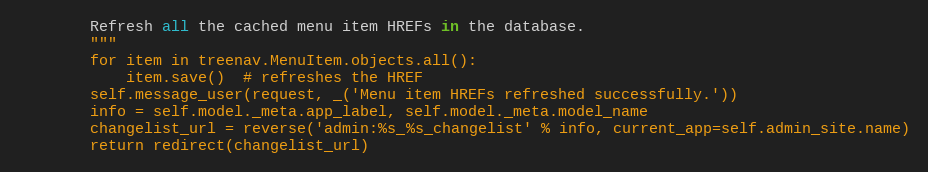
Language: Python
        Refresh all the cached menu item HREFs in the database.
        """
        for item in treenav.MenuItem.objects.all():
            item.save()  # refreshes the HREF
        self.message_user(request, _('Menu item HREFs refreshed successfully.'))
        info = self.model._meta.app_label, self.model._meta.model_name
        changelist_url = reverse('admin:%s_%s_changelist' % info, current_app=self.admin_site.name)
        return redirect(changelist_url)